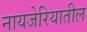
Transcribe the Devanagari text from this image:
नायजेरियातील